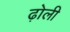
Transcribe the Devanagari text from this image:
ढ़ोली